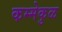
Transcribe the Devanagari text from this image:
कम्मेकुळ